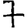
Digit: 7